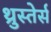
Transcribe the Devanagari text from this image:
थ्रुस्तेर्स